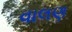
વાલણ